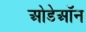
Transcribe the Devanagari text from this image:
ओडेऑन